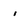
Character: i